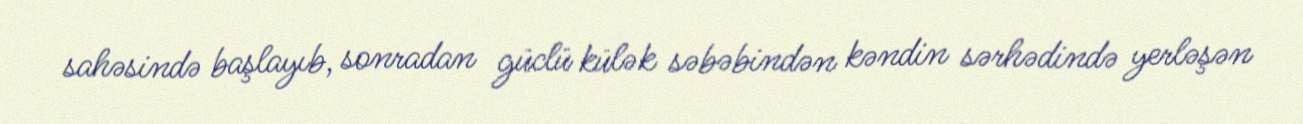
sahəsində başlayıb, sonradan güclü külək səbəbindən kəndin sərhədində yerləşən